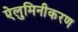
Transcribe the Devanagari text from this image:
ऐलुमिनीकरण